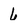
Character: 6